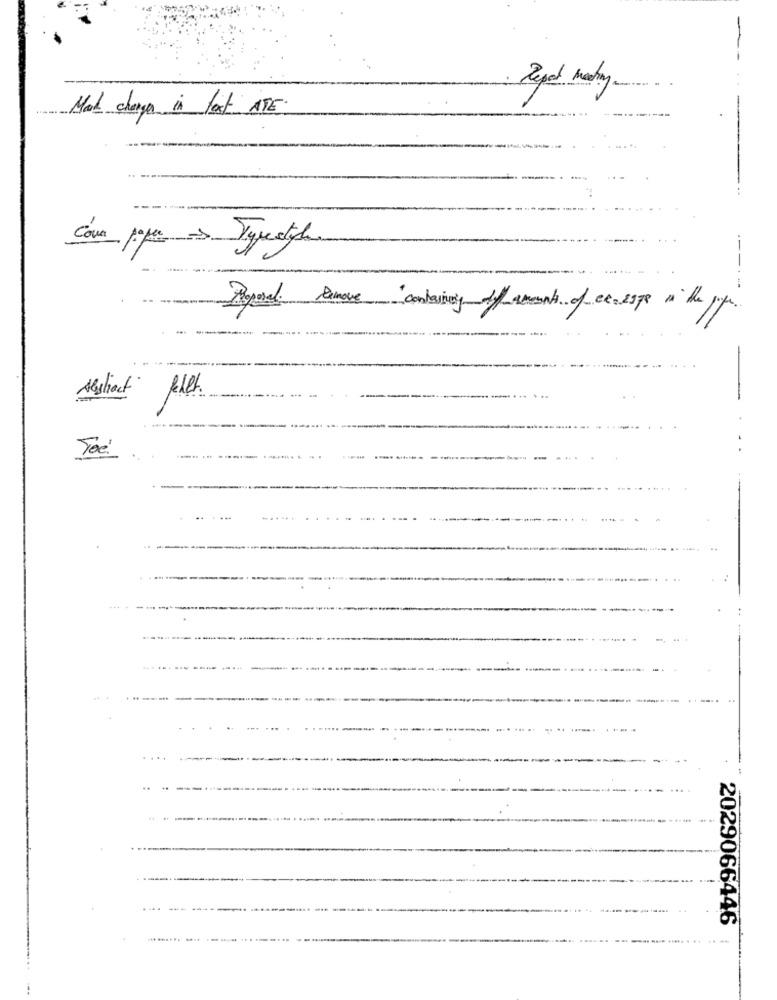
-
Mark charge in fot ATE.
Cour paper ->
-----
Abstract
-
Toe'
.-.. .
...
2029066446
--
...... .